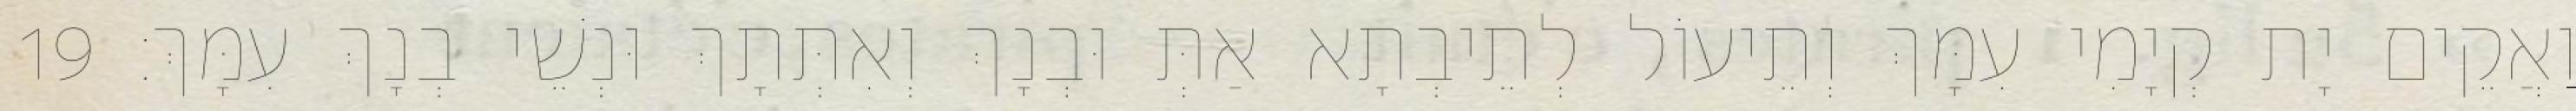
וַאֲקֵים יָת קְיָמִי עִמָּךְ וְתֵיעוֹל לְתֵיבְתָא אַתְּ וּבְנָךְ וְאִתְּתָךְ וּנְשֵׁי בְנָךְ עִמָּךְ׃ 19